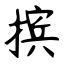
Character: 摈